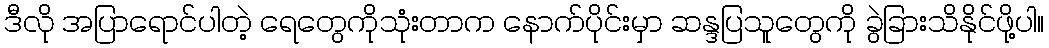
ဒီလို အပြာရောင်ပါတဲ့ ရေတွေကိုသုံးတာက နောက်ပိုင်းမှာ ဆန္ဒပြသူတွေကို ခွဲခြားသိနိုင်ဖို့ပါ။